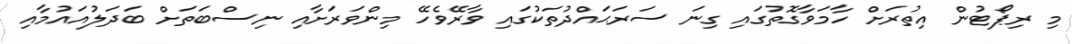
މި ރިޕޯޓުން އިތުރަށް ހާމަވާގޮތުގައި ގިނަ ސަރަޙައްދުތަކުގައި ވާރޭވެހޭ މިންވަރަށާއި ނިސްބަތަށް ބަދަލުއައުމާއި